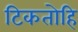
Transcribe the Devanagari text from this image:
टिकतोहि